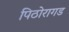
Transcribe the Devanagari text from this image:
पिठोरागड